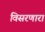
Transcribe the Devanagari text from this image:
विसरणारा